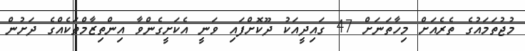
މުޖުތަމައުގެ ތެރެއަށް މިހާތަނަށް 47 ގައިދީއަކު ދޫކޮށްފައި ވަނީ އެކަށީގެންވާ އިންތިޒާމްތަކެއްގެ ދަށުން